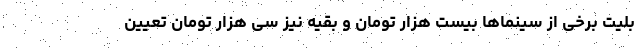
بلیت برخی از سینماها بیست هزار تومان و بقیه نیز سی هزار تومان تعیین